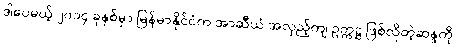
ဒါပေမယ့် ၂၀၁၄ ခုနှစ်မှာ မြန်မာနိုင်ငံက အာဆီယံ အလှည့်ကျ ဥက္ကဋ္ဌ ဖြစ်လိုတဲ့ဆန္ဒကို